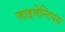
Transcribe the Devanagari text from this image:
जाइजेन्टियस